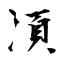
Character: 湏